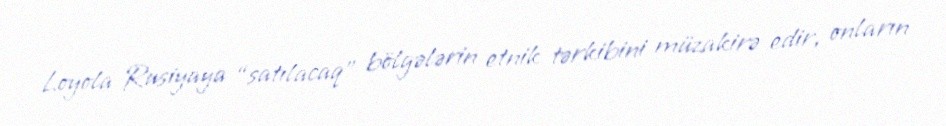
Loyola Rusiyaya “satılacaq” bölgələrin etnik tərkibini müzakirə edir, onların